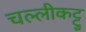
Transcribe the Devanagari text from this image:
चल्लीकट्टु